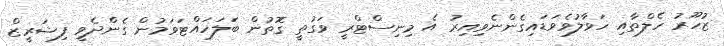
ޒުހޫރު ހެލްތާއި ހަވާލުވެވަޑައިގެންނެވިއިރު އެ މިނިސްޓްރީ ވަގުތީ ގޮތުން ބަލަހައްޓަވަމުން ގެންދެވީ ފިޝަރީޒް